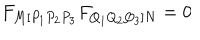
LaTeX: F _ { M [ P _ { 1 } P _ { 2 } P _ { 3 } } F _ { Q _ { 1 } Q _ { 2 } Q _ { 3 } ] N } = 0